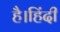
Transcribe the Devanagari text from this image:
है।हिंदी